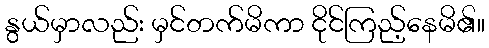
နွယ်မှာလည်း မှင်တက်မိကာ ငိုင်ကြည့်နေမိ၏။